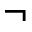
\lnot